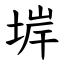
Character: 堓